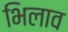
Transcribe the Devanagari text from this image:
भिलाव